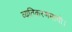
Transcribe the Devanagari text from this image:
व्यतिकरणमापी।